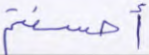
أحسنتم